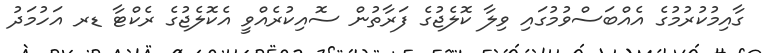
ގާއިމުކުރުމުގެ އެއްބަސްވުމުގައި ވިލާ ކޮލެޖުގެ ފަރާތުން ސޮއިކުރެއްވީ އެކޮލެޖުގެ ރެކްޓާ ޑރ އަހުމަދު